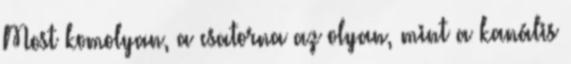
Most komolyan, a csatorna az olyan, mint a kanális